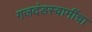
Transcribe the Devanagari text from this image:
गजदंडस्वामींचा